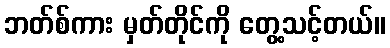
ဘတ်စ်ကား မှတ်တိုင်ကို တွေ့သင့်တယ်။